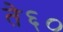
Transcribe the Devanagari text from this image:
ते६०